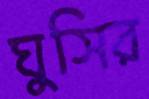
ঘুসির